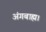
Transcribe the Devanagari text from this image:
अंगबाह्म।